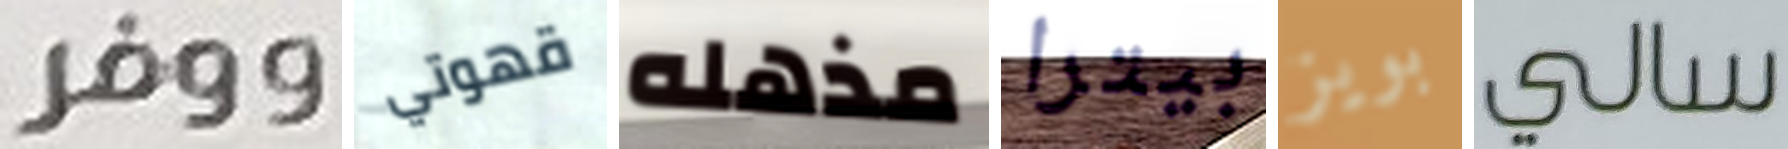
ووفر قهوتي مذهله بيترا بويز سالي